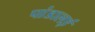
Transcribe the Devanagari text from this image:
पांडालई